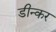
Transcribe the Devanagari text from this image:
डीन्कर